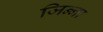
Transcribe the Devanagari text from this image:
जिन्‍ना